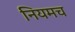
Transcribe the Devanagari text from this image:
नियमच